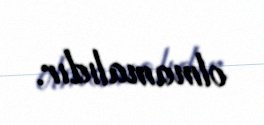
olmamalıdır.